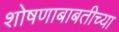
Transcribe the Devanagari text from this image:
शोषणाबाबतीच्या